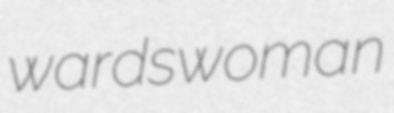
wardswoman